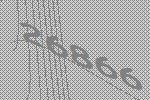
26866